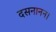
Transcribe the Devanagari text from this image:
दसनानन।